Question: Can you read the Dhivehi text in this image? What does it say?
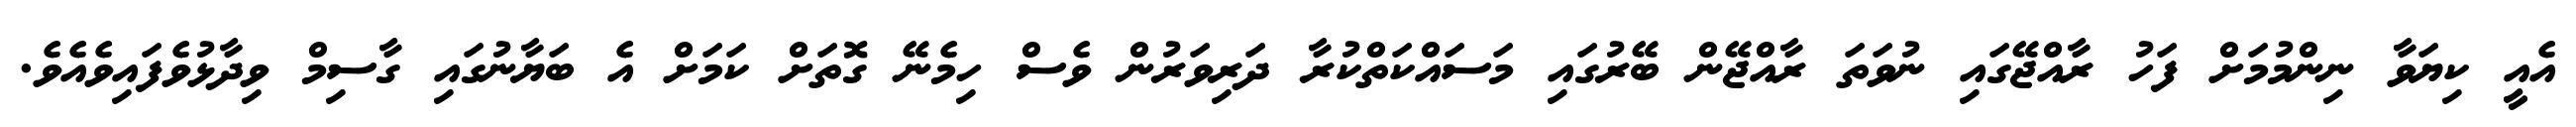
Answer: އެއީ ކިޔަވާ ނިންމުމަށް ފަހު ރާއްޖޭގައި ނުވަތަ ރާއްޖޭން ބޭރުގައި މަސައްކަތްކުރާ ދަރިވަރުން ވެސް ހިމެނޭ ގޮތަށް ކަމަށް އެ ބަޔާނުގައި ގާސިމް ވިދާޅުވެފައިވެއެވެ.